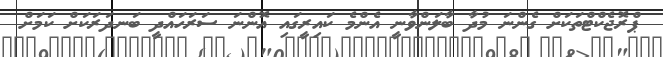
ޕްރޮޖެކްޓްތަކަށް ގެންނަ މުދާ ބާލަންވާނީ އެންމެ ކައިރީގައި އޮންނަ ސަރަހައްދީ ބަނދަރަކަށް ކަމަށް